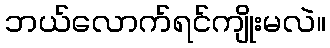
ဘယ်လောက်ရင်ကျိုးမလဲ။